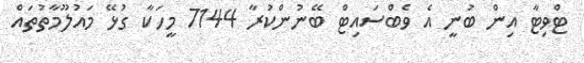
ޓްވިޓާ އިން ބުނީ އެ ވެބްސައިޓް ބޭނުންކުރާ 7144 މީހަކާ ގުޅޭ މައުލޫމާތުތައް